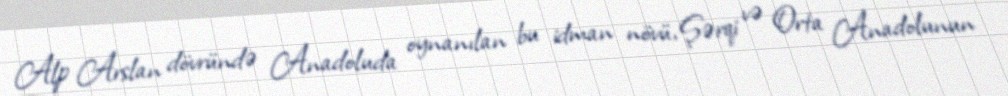
Alp Arslan dövründə Anadoluda oynanılan bu idman növü, Şərqi və Orta Anadolunun